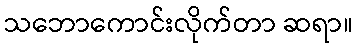
သဘောကောင်းလိုက်တာ ဆရာ။